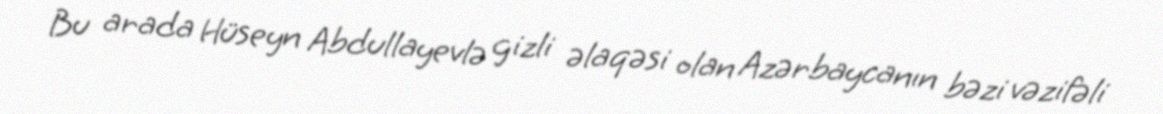
Bu arada Hüseyn Abdullayevlə gizli əlaqəsi olan Azərbaycanın bəzi vəzifəli